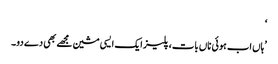
‘
’ہاں اب ہوئی ناں بات، پلیز ایک ایسی مشین مجھے بھی دے دو۔